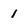
Character: 1